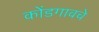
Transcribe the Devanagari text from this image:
कोंडगावचे